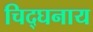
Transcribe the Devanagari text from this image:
चिद्घनाय